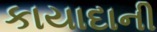
કાયાદાની